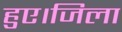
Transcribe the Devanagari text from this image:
हुए।जिला